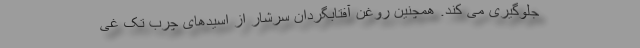
جلوگیری می کند. همچنین روغن آفتابگردان سرشار از اسیدهای چرب تک غی